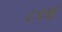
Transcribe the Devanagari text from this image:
८४वां